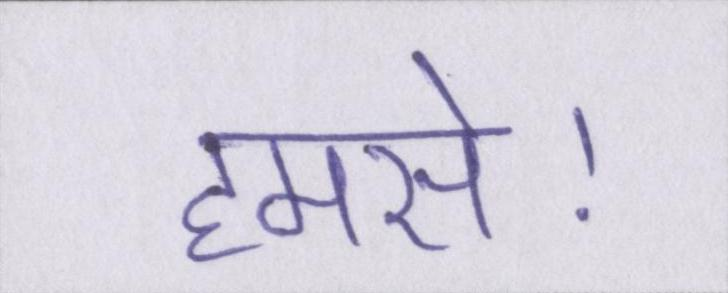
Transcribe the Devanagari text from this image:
हमसे।